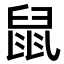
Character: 鼠